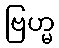
ဗြဟ္မ